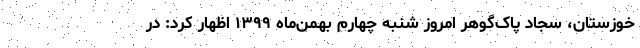
خوزستان، سجاد پاک‌گوهر امروز شنبه چهارم بهمن‌ماه ۱۳۹۹ اظهار کرد: در